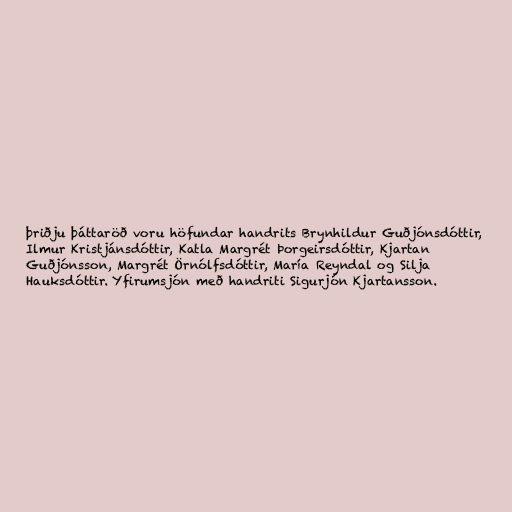
þriðju þáttaröð voru höfundar handrits Brynhildur Guðjónsdóttir,
Ilmur Kristjánsdóttir, Katla Margrét Þorgeirsdóttir, Kjartan
Guðjónsson, Margrét Örnólfsdóttir, María Reyndal og Silja
Hauksdóttir. Yfirumsjón með handriti Sigurjón Kjartansson.